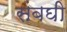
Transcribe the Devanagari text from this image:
संबघी